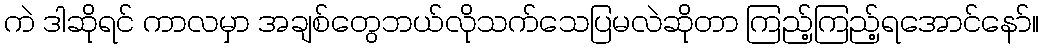
ကဲ ဒါဆိုရင် ကာလမှာ အချစ်တွေဘယ်လိုသက်သေပြမလဲဆိုတာ ကြည့်ကြည့်ရအောင်နော်။